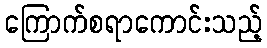
ကြောက်စရာကောင်းသည့်